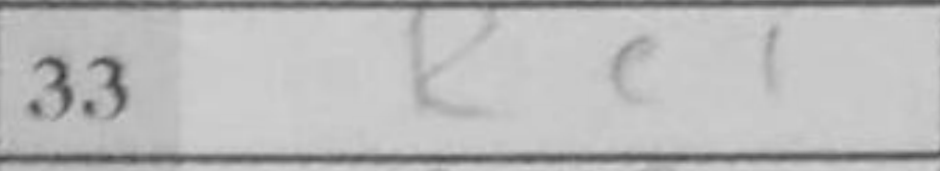
Transcription: Re1